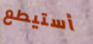
أستيطع